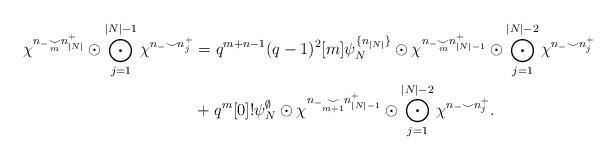
LaTeX: \begin{align*}\chi^{n_-\underset{m}{\smile}n_{|N|}^+}\odot \bigodot_{j=1}^{|N|-1} \chi^{n_-\smile n_j^+} & = q^{m+n-1}(q-1)^2[m] \psi_N^{\{n_{|N|}\}}\odot \chi^{n_-\underset{m}{\smile}n_{|N|-1}^+} \odot \bigodot_{j=1}^{|N|-2} \chi^{n_-\smile n_j^+} \\&+q^{m}[0]! \psi_N^{\emptyset} \odot \chi^{n_-\underset{m+1}{\smile}n_{|N|-1}^+} \odot \bigodot_{j=1}^{|N|-2} \chi^{n_-\smile n_j^+}.\end{align*}